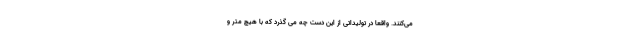
می‌کنند. واقعا در تولیداتی از این دست چه می گذرد که با هیچ متر و